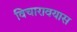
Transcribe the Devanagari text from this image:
विचारावयास